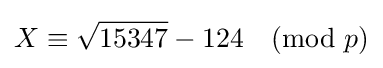
X\equiv {\sqrt {15347}}-124{\pmod {p}}